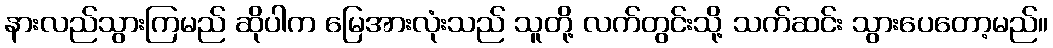
နားလည်သွားကြမည် ဆိုပါက မြေအားလုံးသည် သူတို့ လက်တွင်းသို့ သက်ဆင်း သွားပေတော့မည်။